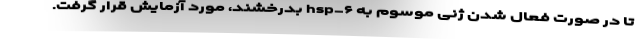
تا در صورت فعال شدن ژنی موسوم به hsp-۶ بدرخشند، مورد آزمایش قرار گرفت.